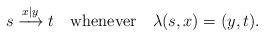
LaTeX: \begin{align*}s\xrightarrow{x|y}t \ \ \mbox{ whenever } \ \ \lambda(s,x)=(y,t).\end{align*}